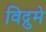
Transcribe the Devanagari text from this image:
विद्रुमे